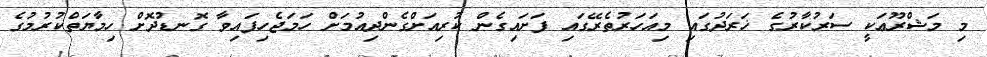
މި މަޝްރޫޢަކީ ސަރުކާރުގެ ޚަރަދުގައި މިއަހަރުތެރޭގައި ފަށައިގެން ކުރިއަށްގެންދިއުމަށް ހަމަޖެހިފައިވާ ގޮނޑުދޮށް ހިމާޔަތްކުރުމުގެ